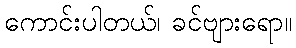
ကောင်းပါတယ်၊ ခင်ဗျားရော။